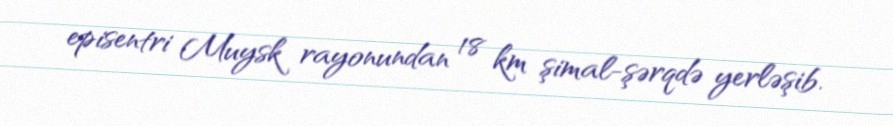
episentri Muysk rayonundan 18 km şimal-şərqdə yerləşib.